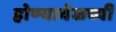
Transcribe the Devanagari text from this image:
होण्यावेळच्यी